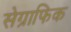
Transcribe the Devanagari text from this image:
सेग्राफिक